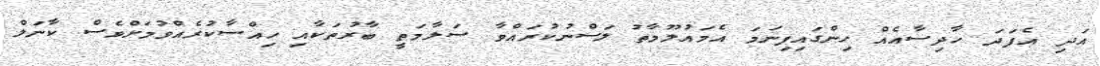
އަދި އެފަދަ ހާދިސާއެއް ހިންގައިފިނަމަ އެމައުލޫމާތު ލަސްނުކުރައްވާ ސަލާމަތީ ބާރުތަކާއި ހިއްސާކުރެއްވުމަށްވެސް ކާނަލް